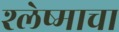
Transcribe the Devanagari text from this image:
श्लेष्माचा